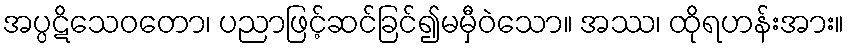
အပ္ပဋိသေဝတော၊ ပညာဖြင့်ဆင်ခြင်၍မမှီဝဲသော။ အဿ၊ ထိုရဟန်းအား။